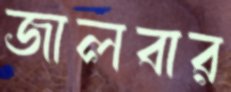
জালবার